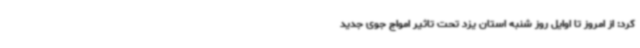
کرد: از امروز تا اوایل روز شنبه استان یزد تحت تاثیر امواج جوی جدید